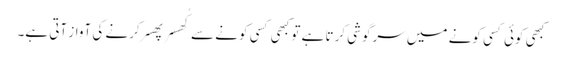
کبھی کوئی کسی کونے میں سرگوشی کرتا ہے تو کبھی کسی کونے سے کُھسر پھسر کرنے کی آواز آتی ہے۔